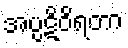
အပ္ပဋိဝိရတာ